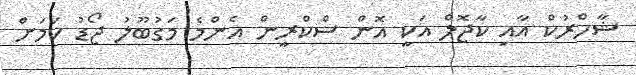
ޝާހްރުކް އާއި ކާޖޮލް އަކީ އޮން ސްކްރީން އެންމެ މަގުބޫލު ޖޯޑު ކަމަށް